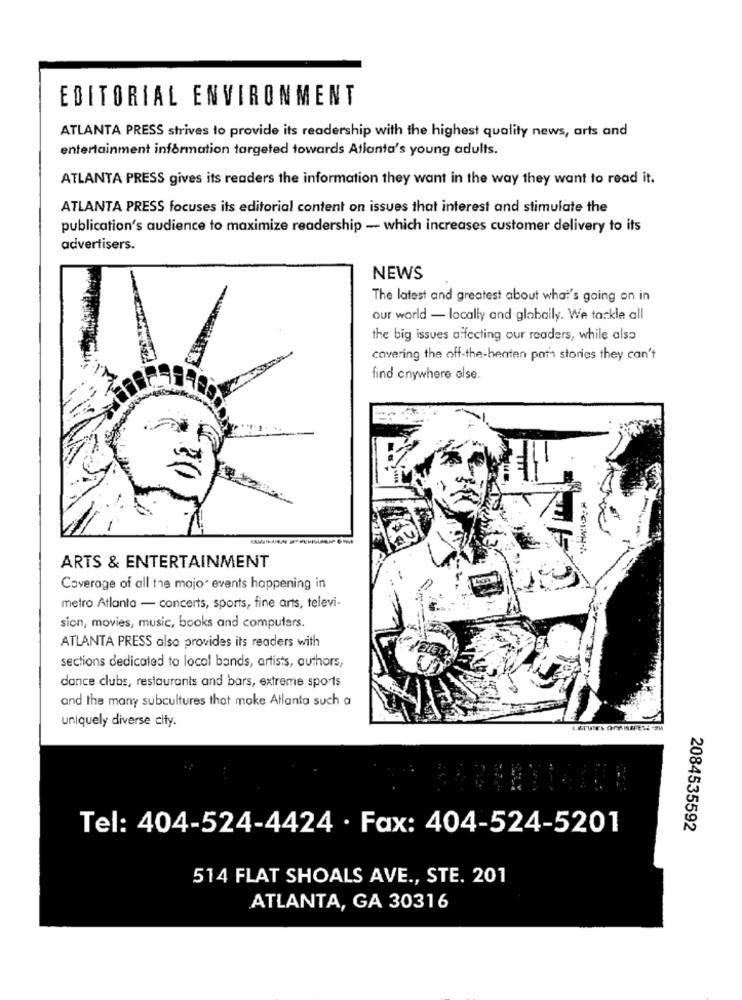
EDITORIAL ENVIRONMENT
ATLANTA PRESS strives to provide its readership with the highest quality news, arts and
entertainment information targeted towards Atlanta's young adults.
ATLANTA PRESS gives its readers the information they want in the way they want to read it.
ATLANTA PRESS focuses its editorial content on issues that interest and stimulate the
publication's audience to maximize readership - which increases customer delivery to its
advertisers.
NEWS
The latest and greatest about what's going on in
our world - locally and globally. We tackle all
the big issues affecting our readers, while also
covering the off-the-benten path stories they can't
find cnywhere else.
ARTS & ENTERTAINMENT
Coverage of all the major events happening in
metro Atlanta - concerts, sports, fine arts, televi-
sion, movies, music, books and computers.
ATLANTA PRESS also provides its readers with
sections dedicated to local bands, artists, authors,
dance clubs, restaurants and bars, extreme sports
and the many subcultures that make Atlanta such a
uniquely diverse city.
Tel: 404-524-4424 · Fax: 404-524-5201
2084535592
514 FLAT SHOALS AVE ., STE. 201
ATLANTA, GA 30316